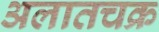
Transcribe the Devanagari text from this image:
अलातचक्र